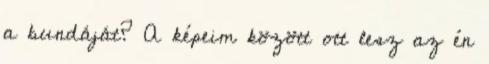
a bundáját? A képeim között ott lesz az én